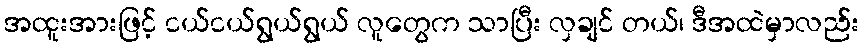
အထူးအားဖြင့် ငယ်ငယ်ရွယ်ရွယ် လူတွေက သာပြီး လှချင် တယ်၊ ဒီအထဲမှာလည်း